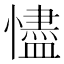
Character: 𢣺